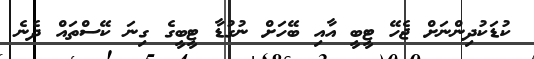
ކުޑަކުދިންނަށް ޖެހޭ ޓީބީ އާއި ބޭހަށް ނުގުޑާ ޓީބީގެ ގިނަ ކޭސްތައް ދެނެ